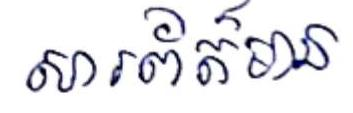
សារព័ត៍មាន